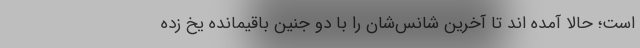
است؛ حالا آمده اند تا آخرین شانس‌شان را با دو جنین باقیمانده یخ زده